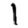
Digit: 1